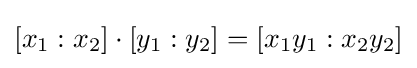
[x_{1}:x_{2}]\cdot [y_{1}:y_{2}]=[x_{1}y_{1}:x_{2}y_{2}]